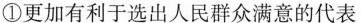
①更加有利于选出人民群众满意的代表